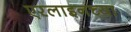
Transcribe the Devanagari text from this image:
एरलाइनच्या